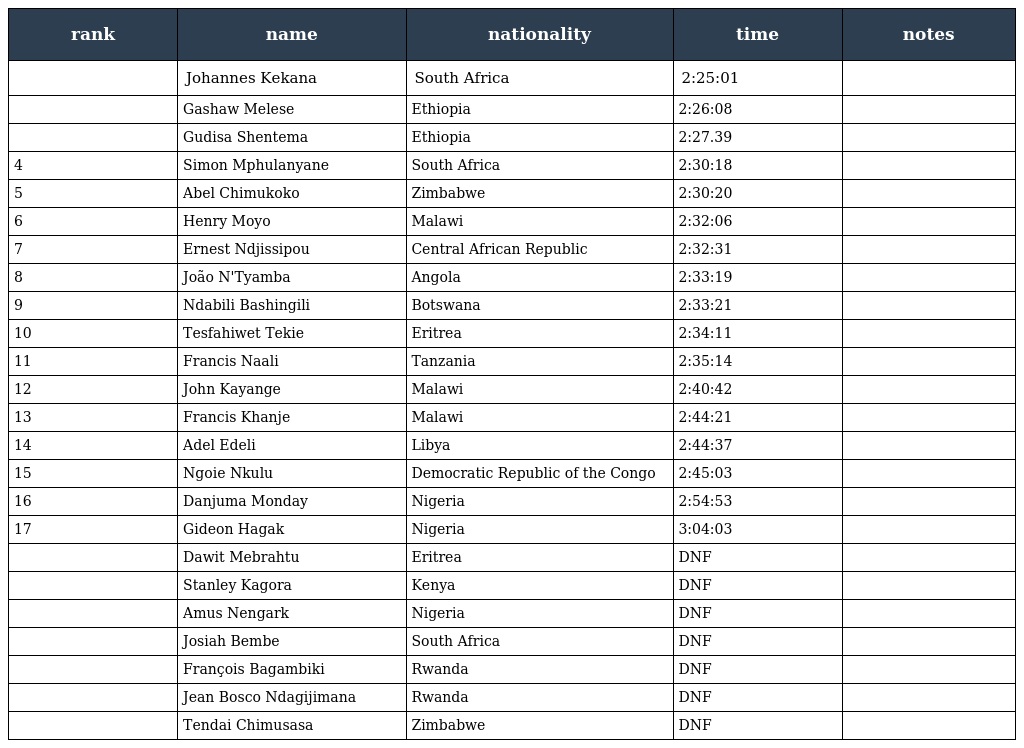
| rank | name | nationality | time | notes |
 | --- | --- | --- | --- | --- |
 |  | Johannes Kekana | South Africa | 2:25:01 |  |
 |  | Gashaw Melese | Ethiopia | 2:26:08 |  |
 |  | Gudisa Shentema | Ethiopia | 2:27.39 |  |
 | 4 | Simon Mphulanyane | South Africa | 2:30:18 |  |
 | 5 | Abel Chimukoko | Zimbabwe | 2:30:20 |  |
 | 6 | Henry Moyo | Malawi | 2:32:06 |  |
 | 7 | Ernest Ndjissipou | Central African Republic | 2:32:31 |  |
 | 8 | João N'Tyamba | Angola | 2:33:19 |  |
 | 9 | Ndabili Bashingili | Botswana | 2:33:21 |  |
 | 10 | Tesfahiwet Tekie | Eritrea | 2:34:11 |  |
 | 11 | Francis Naali | Tanzania | 2:35:14 |  |
 | 12 | John Kayange | Malawi | 2:40:42 |  |
 | 13 | Francis Khanje | Malawi | 2:44:21 |  |
 | 14 | Adel Edeli | Libya | 2:44:37 |  |
 | 15 | Ngoie Nkulu | Democratic Republic of the Congo | 2:45:03 |  |
 | 16 | Danjuma Monday | Nigeria | 2:54:53 |  |
 | 17 | Gideon Hagak | Nigeria | 3:04:03 |  |
 |  | Dawit Mebrahtu | Eritrea | DNF |  |
 |  | Stanley Kagora | Kenya | DNF |  |
 |  | Amus Nengark | Nigeria | DNF |  |
 |  | Josiah Bembe | South Africa | DNF |  |
 |  | François Bagambiki | Rwanda | DNF |  |
 |  | Jean Bosco Ndagijimana | Rwanda | DNF |  |
 |  | Tendai Chimusasa | Zimbabwe | DNF |  |